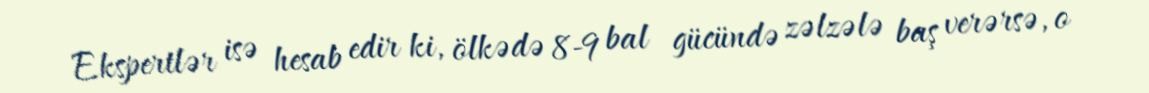
Ekspertlər isə hesab edir ki, ölkədə 8-9 bal gücündə zəlzələ baş verərsə, o